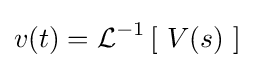
v(t)=\operatorname {\mathcal {L}} ^{-1}\left[\ V(s)\ \right]